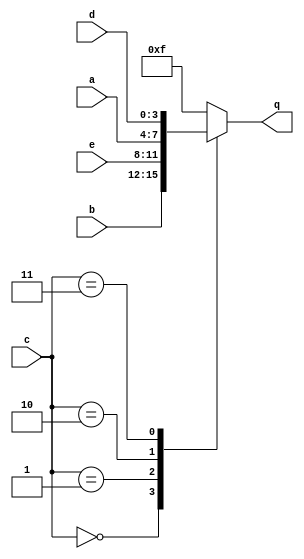
// This program was cloned from: https://github.com/milind7777/VerilogDocGen
// License: MIT License

module circuit5 (
  input [3:0] a,
  input [3:0] b,
  input [3:0] c,
  input [3:0] d,
  input [3:0] e,
  output reg [3:0] q

);

  always @(*)
    case (c)
      0: q = b;
      1: q = e;
      2: q = a;
      3: q = d;
      default: q = 4'hf;
    endcase

endmodule